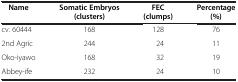
| Name | Somatic Embryos (clusters) | FEC (clumps) | Percentage (%) |
 | --- | --- | --- | --- |
 | cv. 60444 | 168 | 128 | 76 |
 | 2nd Agric | 244 | 24 | 11 |
 | Oko-iyawo | 168 | 32 | 19 |
 | Abbey-ife | 232 | 24 | 10 |